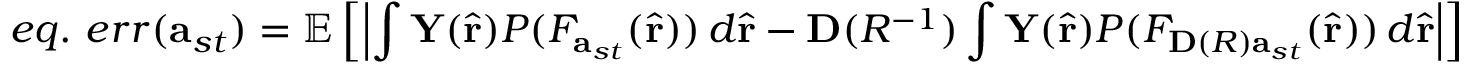
e q . \mathrm { ~ } e r r ( \mathbf { a } _ { s t } ) = \mathbb { E } \left[ \left| \int \mathbf { Y } ( \hat { \mathbf { r } } ) P ( F _ { \mathbf { a } _ { s t } } ( \hat { \mathbf { r } } ) ) \, d \hat { \mathbf { r } } - \mathbf { D } ( R ^ { - 1 } ) \int \mathbf { Y } ( \hat { \mathbf { r } } ) P ( F _ { \mathbf { D } ( R ) \mathbf { a } _ { s t } } ( \hat { \mathbf { r } } ) ) \, d \hat { \mathbf { r } } \right| \right]